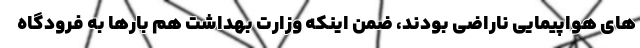
های هواپیمایی ناراضی بودند، ضمن اینکه وزارت بهداشت هم بارها به فرودگاه